Lunatic asylums in Bengal annual reports 1888-1898 - 1888-1898
Year: 1888
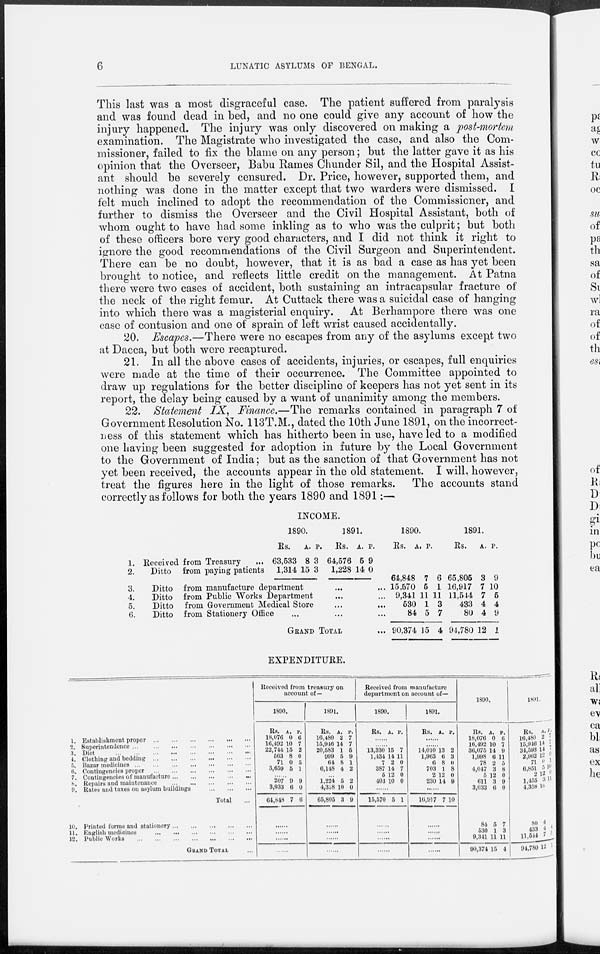
6
LUNATIC ASYLUMS OF BENGAL.
This last was a most disgraceful case. The patient suffered from paralysis
and was found dead in bed, and no one could give any account of how the
injury happened. The injury was only discovered on making a post-mortem
examination. The Magistrate who investigated the case, and also the Com-
missioner, failed to fix the blame on any person; but the latter gave it as his
opinion that the Overseer, Babu Rames Chunder Sil, and the Hospital Assist-
ant should be severely censured. Dr. Price, however, supported them, and
nothing was done in the matter except that two warders were dismissed. I
felt much inclined to adopt the recommendation of the Commissioner, and
further to dismiss the Overseer and the Civil Hospital Assistant, both of
whom ought to have had some inkling as to who was the culprit; but both
of these officers bore very good characters, and I did not think it right to
ignore the good recommendations of the Civil Surgeon and Superintendent.
There can be no doubt, however, that it is as bad a case as has yet been
brought to notice, and reflects little credit on the management. At Patna
there were two cases of accident, both sustaining an intracapsular fracture of
the neck of the right femur. At Cuttack there was a suicidal case of hanging
into which there was a magisterial enquiry. At Berhampore there was one
case of contusion and one of sprain of left wrist caused accidentally.
20. Escapes.—There were no escapes from any of the asylums except two
at Dacca, but both were recaptured.
21. In all the above cases of accidents, injuries, or escapes, full enquiries
were made at the time of their occurrence. The Committee appointed to
draw up regulations for the better discipline of keepers has not yet sent in its
report, the delay being caused by a want of unanimity among the members.
22. Statement IX, Finance.—The remarks contained in paragraph 7 of
Government Resolution No. 113T.M., dated the 10th June 1891, on the incorrect-
ness of this statement which has hitherto been in use, have led to a modified
one having been suggested for adoption in future by the Local Government
to the Government of India; but as the sanction of that Government has not
yet been received, the accounts appear in the old statement. I will, however,
treat the figures here in the light of those remarks. The accounts stand
correctly as follows for both the years 1890 and 1891:—
INCOME.
1. Received from Treasury
...
2.
Ditto from paying patients
1890.
Rs.
63,533
1,314
A.
8
15
P.
3
3
1891.
Rs.
64,576
1,228
A.
5
14
P.
9
0
3.
Ditto from manufacture department ... ...
4.
Ditto from Public Works Department ... ...
5.
Ditto from Government Medical Store ... ...
6.
Ditto from Stationery Office ... ...
GRAND TOTAL ...
1890.
Rs.
64,848
15,570
9,341
530
84
90,374
A.
7
5
11
1
5
15
P.
6
1
11
3
7
4
1891.
Rs.
65,805
16,917
11,544
433
80
94,780
A.
3
7
7
4
4
12
P.
9
10
5
4
9
1
EXPENDITURE.
1. Establishment proper ... ... ... ... ... ...
2. Superintendence
...
...
...
...
...
...
...
3. Diet
...
...
...
...
...
...
...
...
4. Clothing and bedding
...
...
...
...
...
...
5. Bazar medicines
...
...
...
...
...
...
...
6. Contingencies proper
...
...
...
...
...
...
7. Contingencies of manufacture
...
...
...
...
...
8. Repairs and maintenance
...
...
...
...
...
9. Rates and taxes on asylum buildings
...
...
...
Total ...
10. Printed forms and stationery
...
...
...
...
...
11. English medicines
...
...
...
...
...
...
12. Public Works
...
...
...
...
...
...
...
GRAND TOTAL ...
Received from treasury on
account of—
1890.
Rs.
18,076
16,492
22,744
563
71
3,659
A.
0
10
15
8
0
5
P.
6
7
2
0
5
1
207
3,033
64,848
9
6
7
9
0
6
......
......
......
1891.
Rs.
16,480
15,946
20,583
999
64
6,148
A.
2
14
1
5
8
4
P.
7
7
5
9
1
2
...
1,224
4,358
65,805
5
10
3
2
0
9
......
......
......
......
Received from manufacture
department on account of—
1890.
Rs. A. P.
......
13,330
1,434
7
387
5
403
15
14
2
14
12
10
7
11
0
7
0
0
......
15,570 5 1
......
......
......
......
1891.
Rs. A. P.
......
14,010
1,963
6
703
2
230
13
6
8
1
12
14
2
3
0
8
0
9
......
16,917 7 10
......
......
......
......
1890.
Rs.
18,076
16,492
36,075
1,998
78
4,047
6
611
3,033
84
530
9,341
90,374
A.
0
10
14
6
2
3
12
3
6
5
1
11
15
P.
6
7
9
11
5
8
0
9
0
7
3
11
4
1891.
Rs.
16,480
15,946
34,593
2,962
71
6,851
2
1,455
4,358
80
433
11,544
94,780
A.
2
14
14
12
0
5
12
3
10
4
4
7
12
P.
7
7
7
0
1
10
0
11
4
5
1